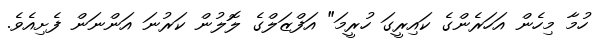
ހުމާ މިހެން އަހަރެންގެ ކައިރީގަ ހުރީމަ" އަފްޒަލްގެ ލޮލުން ކަރުނަ އަންނަން ފެށިއެވެ.